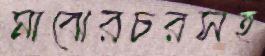
মাঝেরচরসহ